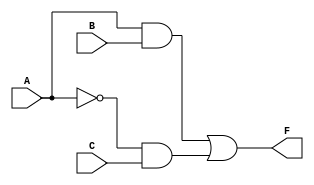
module combinational_logic (
    input wire A,    // Input A
    input wire B,    // Input B
    input wire C,    // Input C
    output wire F    // Output F
);

// Internal signals
wire not_A;        // NOT output of A
wire and1;        // AND output for A and B
wire and2;        // AND output for NOT A and C

// Logic implementation
// NOT gate
not u1(not_A, A);        // not_A = ~A

// AND gates
and u2(and1, A, B);      // and1 = A & B
and u3(and2, not_A, C);  // and2 = ~A & C

// OR gate
or u4(F, and1, and2);    // F = and1 | and2

endmodule